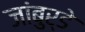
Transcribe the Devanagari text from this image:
जांबुर्डे